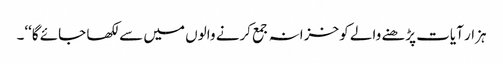
ہزار آیات پڑھنے والے کو خزانہ جمع کرنے والوں میں سے لکھا جائے گا‘‘۔